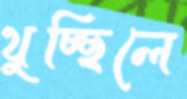
থুচ্ছিলে